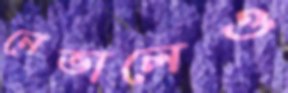
নেভালেও